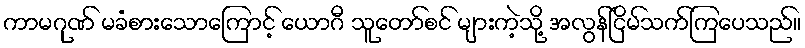
ကာမဂုဏ် မခံစားသောကြောင့် ယောဂီ သူတော်စင် များကဲ့သို့ အလွန်ငြိမ်သက်ကြပေသည်။